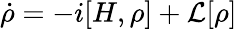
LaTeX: \dot{\rho}=-i[H,\rho]+\mathcal{L}[\rho]